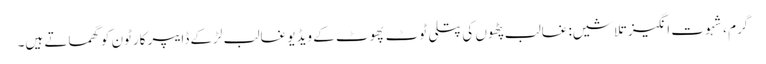
گرم ، شہوت انگیز تلاشیں: غالب پٹھوں کی پتلی ٹوٹ پھوٹ کے ویڈیو غالب لڑکے ڈایپر کارٹون کو گھماتے ہیں۔